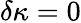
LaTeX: \delta\kappa=0